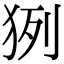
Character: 𤞊